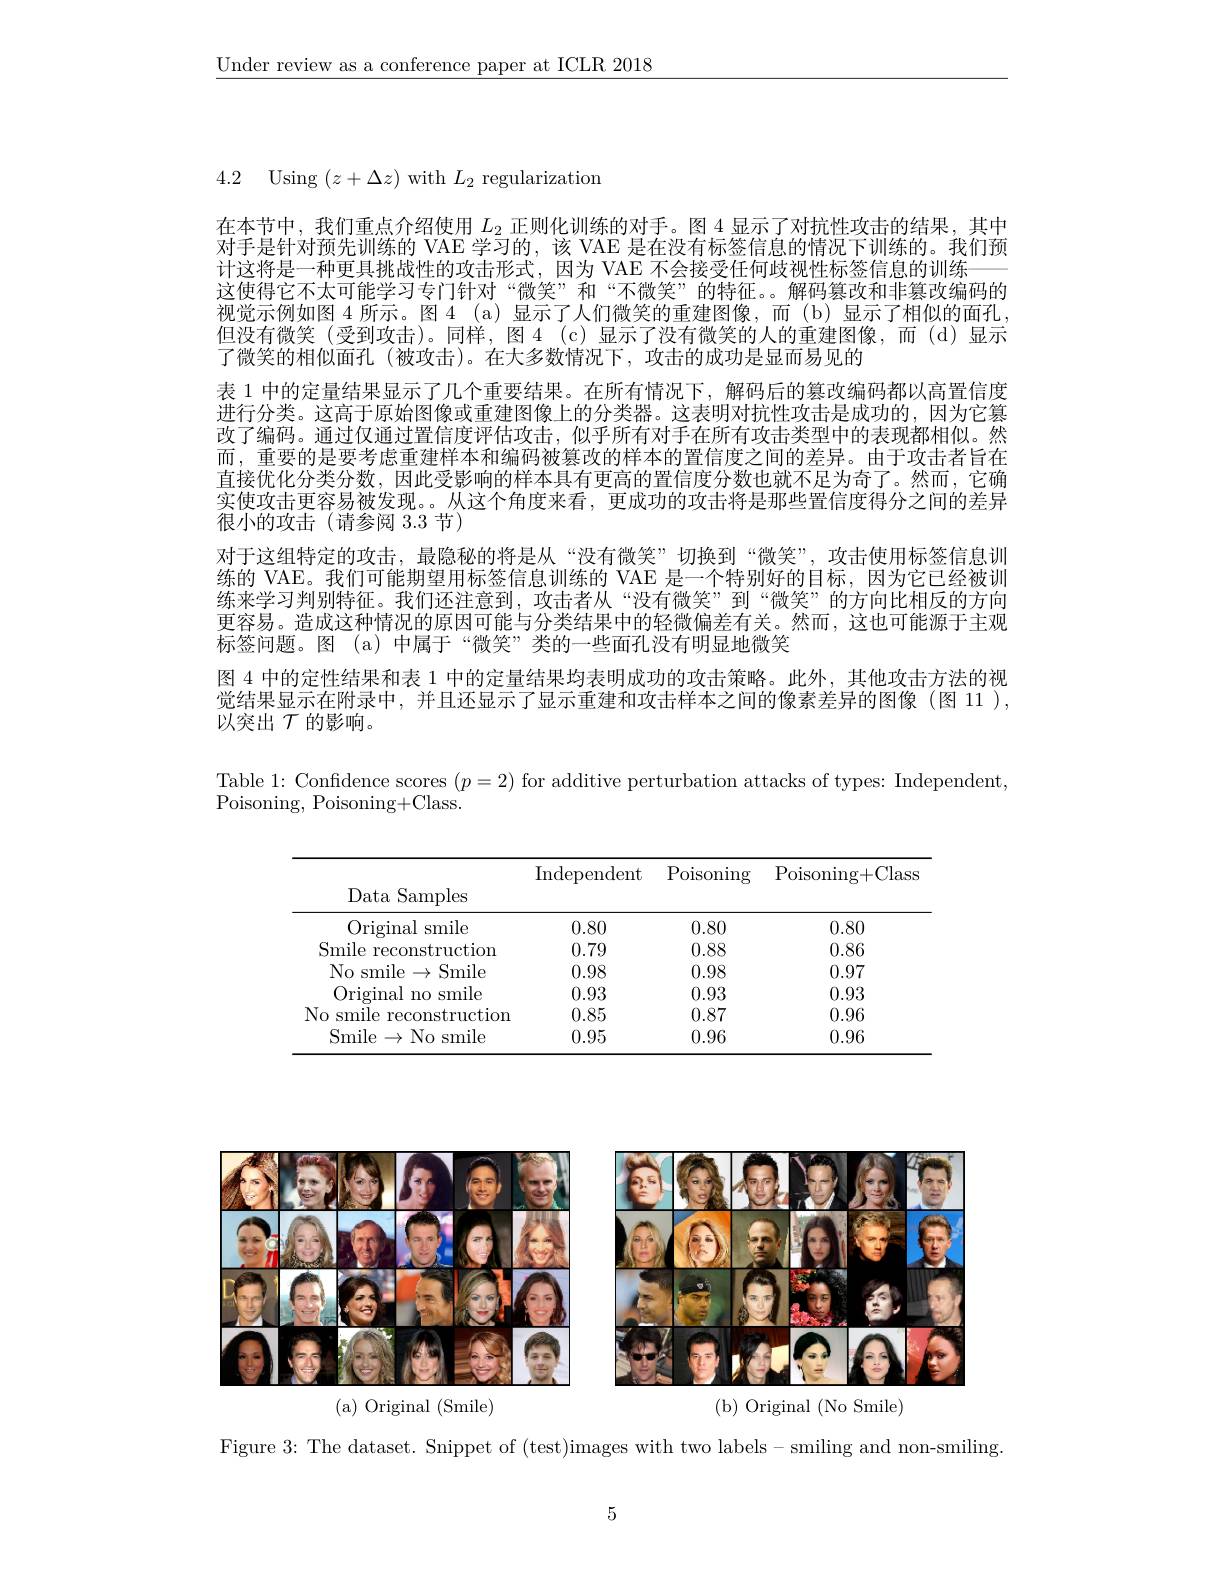
$\underline{\text{Under review as a conference paper at ICLR 2018}}$

4.2 Using $(z+\Delta z)$ with $L_2$ regularization

在本节中，我们重点介绍使用$L_2$正则化训练的对手。图 4 显示了对抗性攻击的结果，其中对手是针对预先训练的 VAE 学习的，该 VAE 是在没有标签信息的情况下训练的。我们预计这将是一种更具挑战性的攻击形式，因为 VAE 不会接受任何歧视性标签信息的训练
这使得它不太可能学习专门针对“微笑”和“不微笑”的特征。。解码篡改和非篡改编码的视觉示例如图 4 所示。图 4 (a)显示了人们微笑的重建图像，而 (b)显示了相似的面孔， 但没有微笑 (受到攻击)。同样，图4 (c)显示了没有微笑的人的重建图像，而(d)显示了微笑的相似面孔(被攻击)。在大多数情况下，攻击的成功是显而易见的
表 1 中的定量结果显示了几个重要结果。在所有情况下，解码后的篡改编码都以高置信度进行分类。这高于原始图像或重建图像上的分类器。这表明对抗性攻击是成功的，因为它篡改了编码。通过仅通过置信度评估攻击，似乎所有对手在所有攻击类型中的表现都相似。然而，重要的是要考虑重建样本和编码被篡改的样本的置信度之间的差异。由于攻击者旨在直接优化分类分数，因此受影响的样本具有更高的置信度分数也就不足为奇了。然而，它确实使攻击更容易被发现。。从这个角度来看，更成功的攻击将是那些置信度得分之间的差异很小的攻击(请参阅 3.3 节)
对于这组特定的攻击，最隐秘的将是从“没有微笑”切换到“微笑”,攻击使用标签信息训练的 VAE。我们可能期望用标签信息训练的 VAE 是一个特别好的目标，因为它已经被训练来学习判别特征。我们还注意到，攻击者从“没有微笑”到“微笑”的方向比相反的方向更容易。造成这种情况的原因可能与分类结果中的轻微偏差有关。然而，这也可能源于主观标签问题。图 (a)中属于“微笑”类的一些面孔没有明显地微笑
图 4 中的定性结果和表 1 中的定量结果均表明成功的攻击策略。此外，其他攻击方法的视觉结果显示在附录中，并且还显示了显示重建和攻击样本之间的像素差异的图像(图 11 ), 以突出$\mathcal{T}$的影响。

Table 1: Confidence scores $(p=2)$ for additive perturbation attacks of types: Independent

Poisoning, Poisoning+Class.

<table>
	<tbody>
		<tr>
			<th>Data Samples</th>
			<th>Independent</th>
			<th>$\operatorname{Poisoning}$</th>
			<th>Poisoning+ Class</th>
		</tr>
		<tr>
			<td>Original smile</td>
			<td>0.80</td>
			<td>0.80</td>
			<td>0.80</td>
		</tr>
		<tr>
			<td>Smile , reconstruction</td>
			<td>0.79</td>
			<td>0.88</td>
			<td>0.86</td>
		</tr>
		<tr>
			<td>No smile -  $\to$Smile</td>
			<td>0.98</td>
			<td>0.98</td>
			<td>0.97</td>
		</tr>
		<tr>
			<td>Original smile $no$</td>
			<td>0.93</td>
			<td>0.93</td>
			<td>0.93</td>
		</tr>
		<tr>
			<td>No smile reconstruction</td>
			<td>0.85</td>
			<td>0.87</td>
			<td>0.96</td>
		</tr>
		<tr>
			<td>Smile 1  $\rightarrow$ $\cdot$No smile</td>
			<td>0.95</td>
			<td>0.96</td>
			<td>0.96</td>
		</tr>
	</tbody>
</table>

<FigureHere>
( a)  Original ( Smile)
( b)  Original ( No Smile)

Figure 3: The dataset. Snippet of (test)images with two labels- smiling and non-smiling.

5